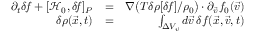
\begin{array} { r l r } { \partial _ { t } \delta \! f + [ \mathcal { H } _ { 0 } , \delta \! f ] _ { P } } & { = } & { \nabla \big ( T \delta \rho [ \delta \! f ] / \rho _ { 0 } \big ) \cdot \partial _ { \vec { v } } f _ { 0 } ( \vec { v } ) } \\ { \delta \rho ( \vec { x } , t ) } & { = } & { \int _ { \Delta V _ { \vec { v } } } d \vec { v } \, \delta f ( \vec { x } , \vec { v } , t ) } \end{array}